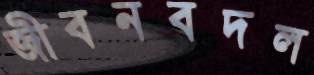
জীবনবদল